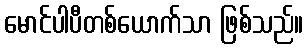
မောင်ပါပီတစ်ယောက်သာ ဖြစ်သည်။